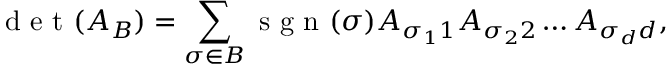
\textrm { d e t } ( A _ { B } ) = \sum _ { \sigma \in B } \textrm { s g n } ( \sigma ) A _ { \sigma _ { 1 } 1 } A _ { \sigma _ { 2 } 2 } \dots A _ { \sigma _ { d } d } ,